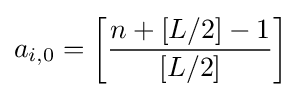
a_{i,0}=\left[{\frac {n+[L/2]-1}{[L/2]}}\right]